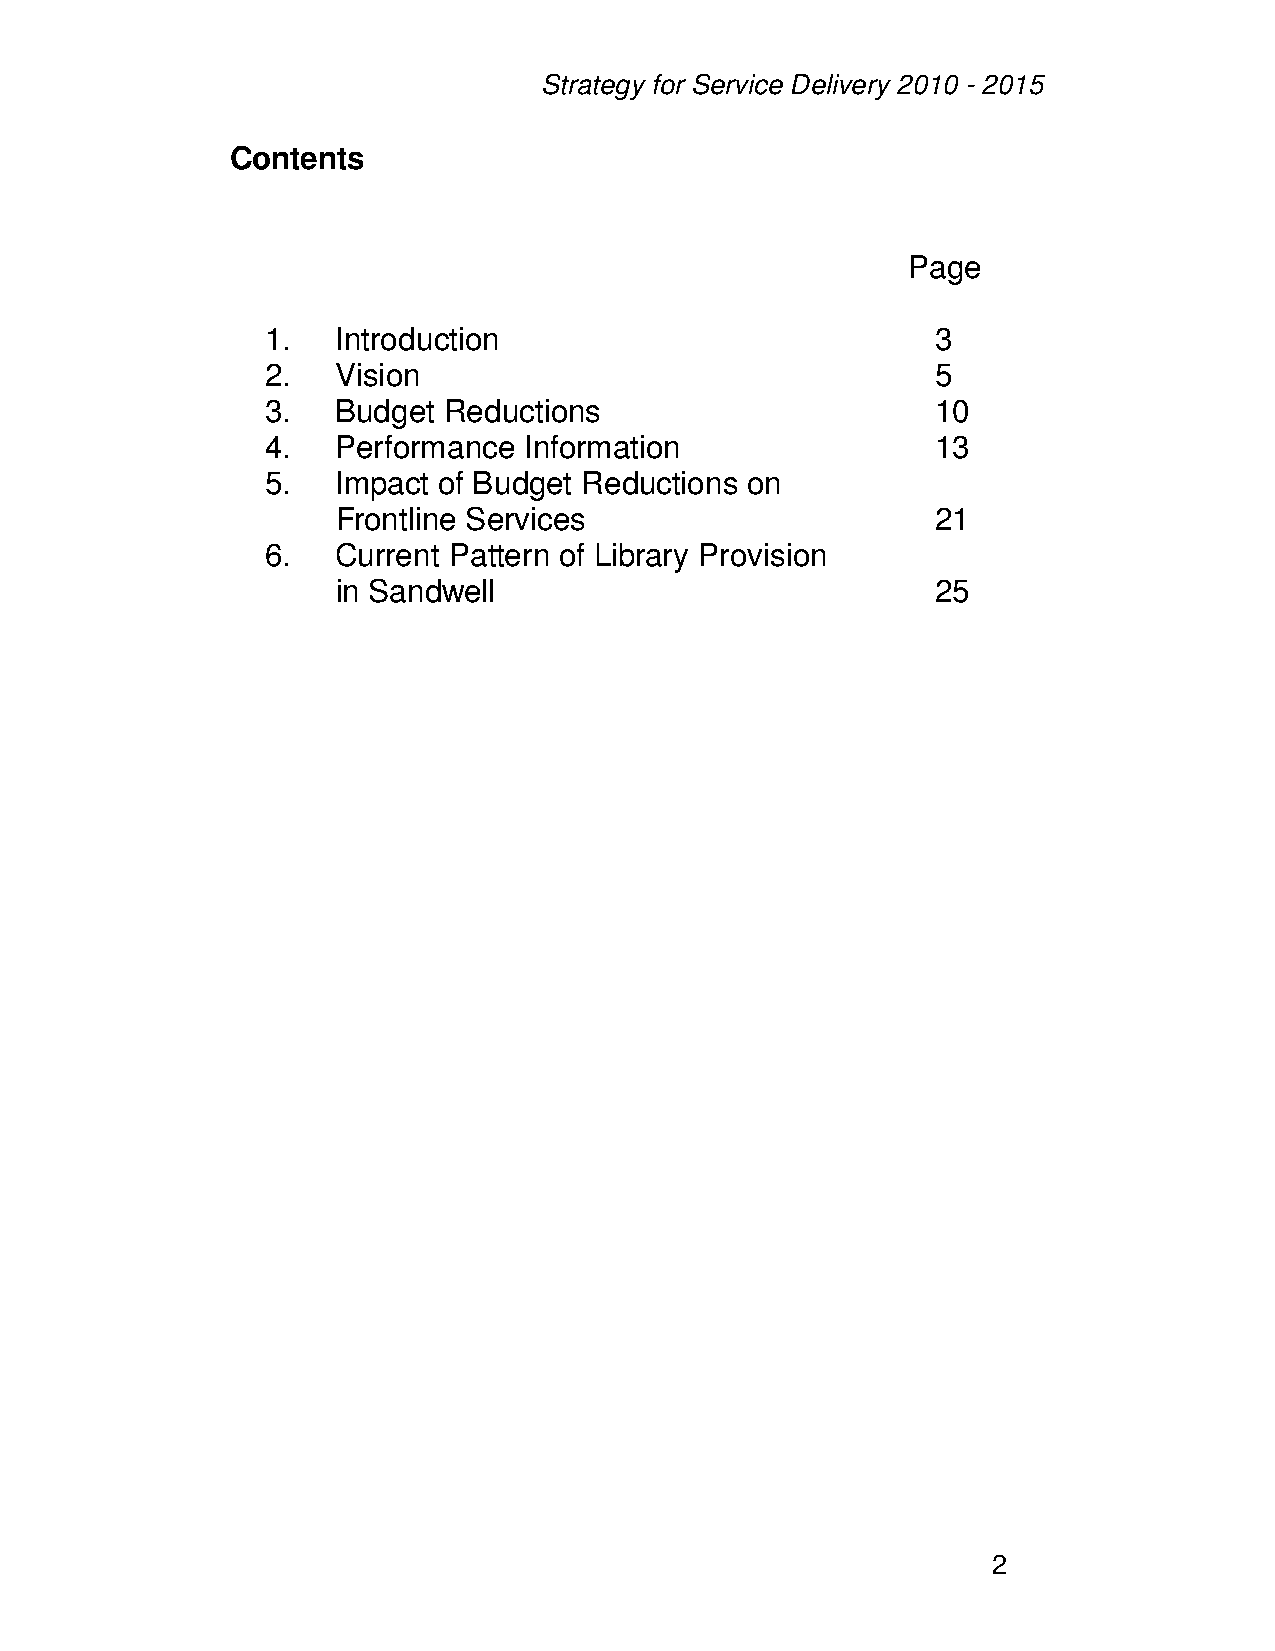
Strategy for Service Delivery 2010 - 2015
 Contents
 Page
 1.  Introduction                            3
 2.  Vision                                  5
 3.  Budget Reductions                       10
 4.  Performance  Information                13
 5.  Impact of Budget Reductions on
 Frontline Services                      21
 6.  Current Pattern of Library Provision
 in Sandwell                             25
 2